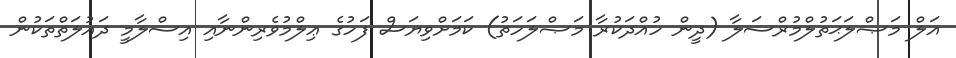
އަލް މަޞްލަޙަތުލްމުރްސަލާ (ދީން ހުއްދަކުރާ މަޞްލަހަތު) ކަމަށްވިޔަސް ފަހުގެ ޢިލްމުވެރިންނާއި އިސްލާމީ ދައުލަތްތަކުން